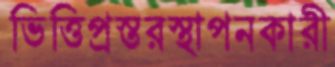
ভিত্তিপ্রস্তরস্থাপনকারী